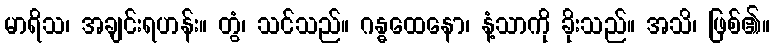
မာရိသ၊ အချင်းရဟန်း။ တွံ၊ သင်သည်။ ဂန္ဓထေနော၊ နံ့သာကို ခိုးသည်။ အသိ၊ ဖြစ်၏။